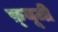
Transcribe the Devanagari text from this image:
फ़्यूजी